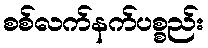
စစ်လက်နက်ပစ္စည်း